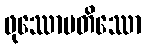
ဖုဿောပတိဿော